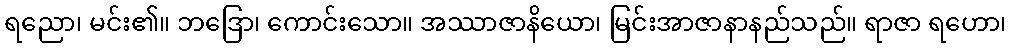
ရညော၊ မင်း၏။ ဘဒြော၊ ကောင်းသော။ အဿာဇာနိယော၊ မြင်းအာဇာနာနည်သည်။ ရာဇာ ရဟော၊